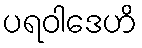
ပရဝါဒေဟိ